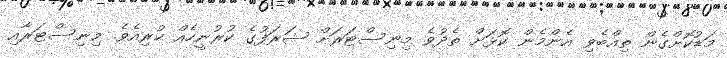
މަޑުކޮށްގެން ތިއްބެވި އެންމެން ކޮޅަށް ތެދުވެ މިނިސްޓަރަށް ޝަރަފުގެ ކުރުނީހެއް ކުރިއެވެ. މިނިސްޓަރާއި